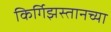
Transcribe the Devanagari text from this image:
किर्गिझस्तानच्या